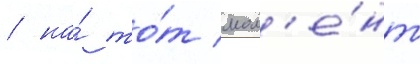
/ на́ то́т мом'е́нт